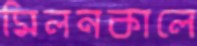
মিলনকালে